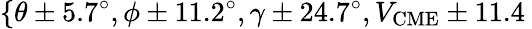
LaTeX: \{ \theta\pm 5.7^{\circ},\phi\pm 11.2^{\circ},\gamma\pm 24.7^{\circ},V_{\mathrm{CME}}\pm 11.4\